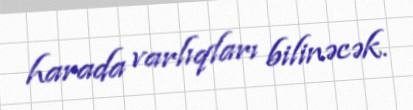
harada varlıqları bilinəcək.